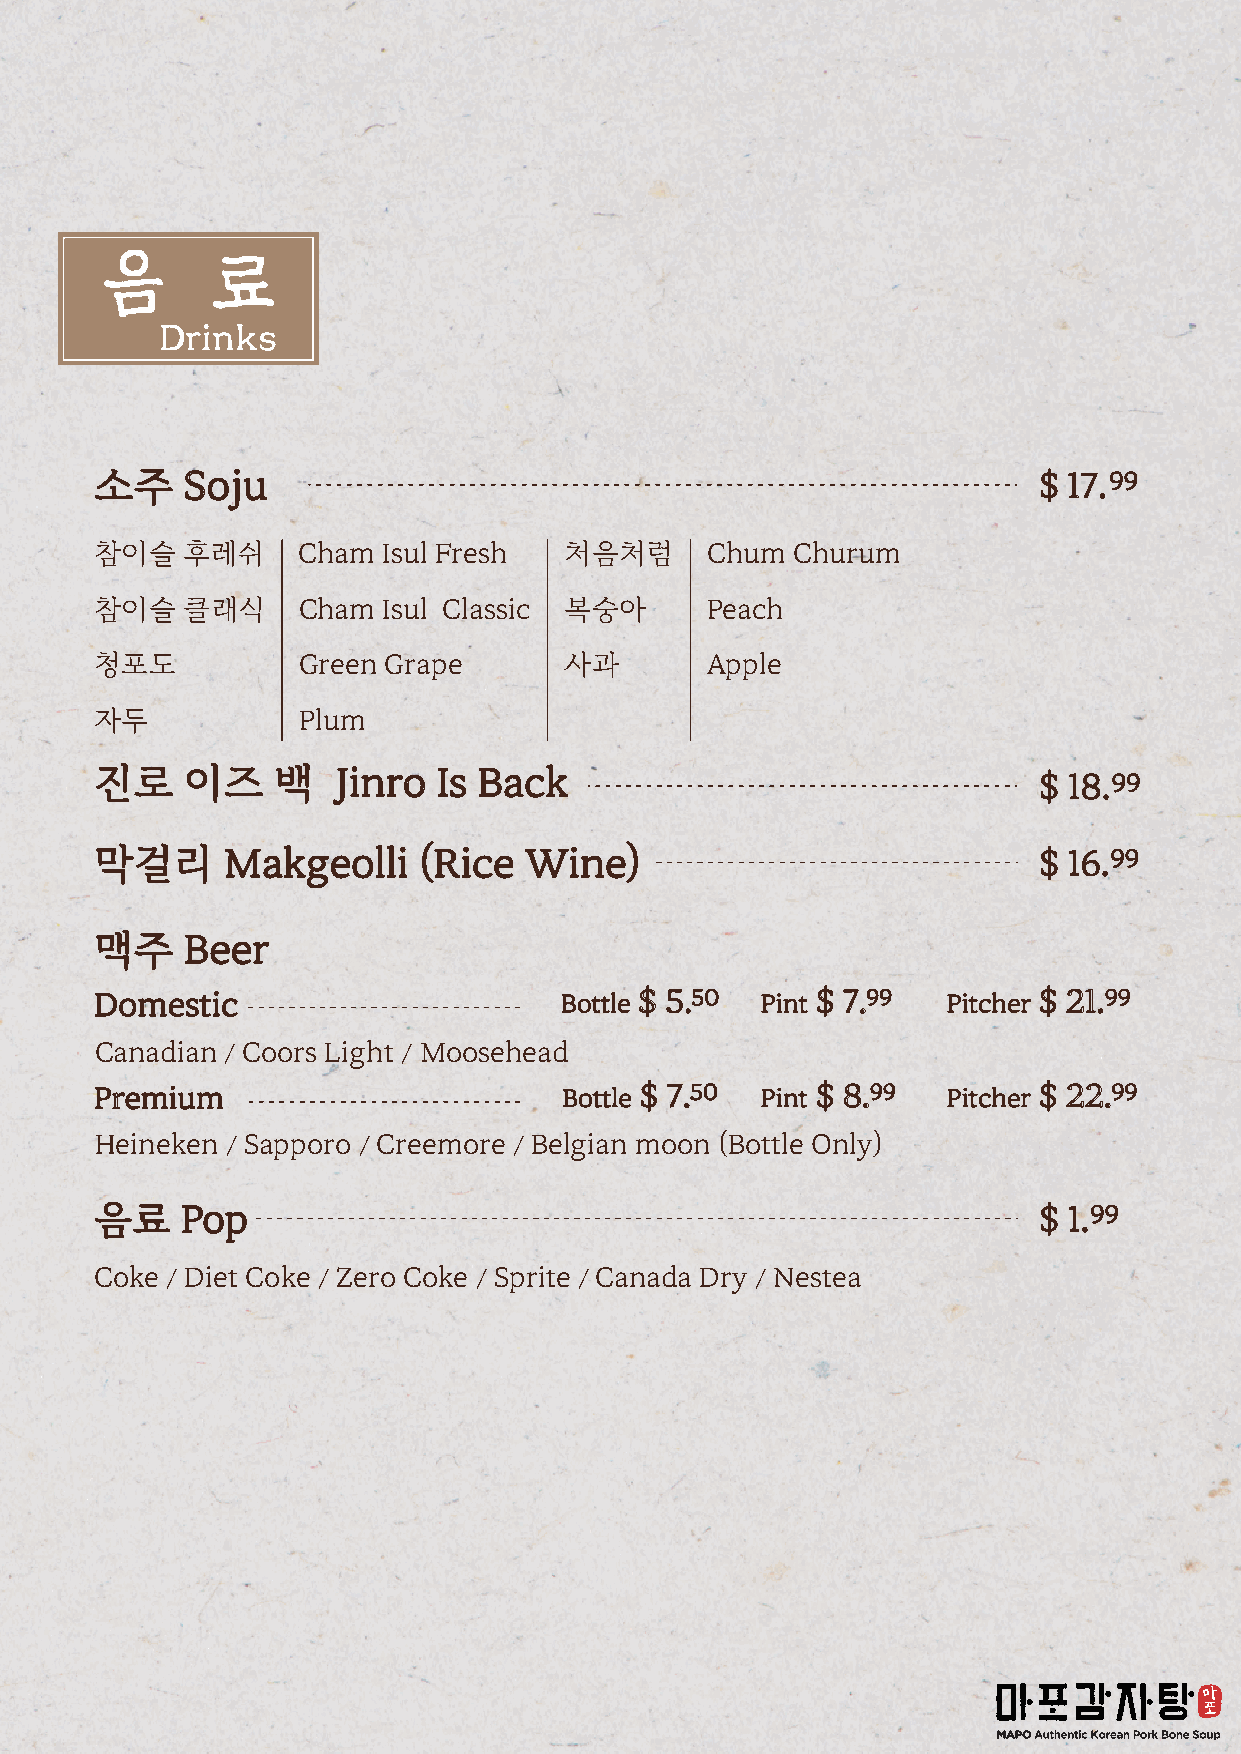
음      료
 Drinks
 소주    Soju                                                     $ 17.99
 참이슬   후레쉬     Cham Isul Fresh  처음처럼      Chum  Churum
 참이슬   클래식     Cham Isul Classic 복숭아      Peach
 청포도           Green Grape      사과        Apple
 자두            Plum
 진로    이즈    백   Jinro  Is Back                                 $ 18.99
 막걸리      Makgeolli    (Rice  Wine)                             $ 16.99
 맥주    Beer
 Domestic                       Bottle $ 5.5 0 Pint $ 7.9 9 Pitcher $ 21. 9 9
 Canadian / Coors Light / Moosehead
 Premium                        Bottle $ 7.5 0 Pint $ 8.9 9 Pitcher $ 22.9 9
 Heineken / Sapporo / Creemore / Belgian moon (Bottle Only)
 음료    Pop                                                      $ 1.99
 Coke / Diet Coke / Zero Coke / Sprite / Canada Dry / Nestea